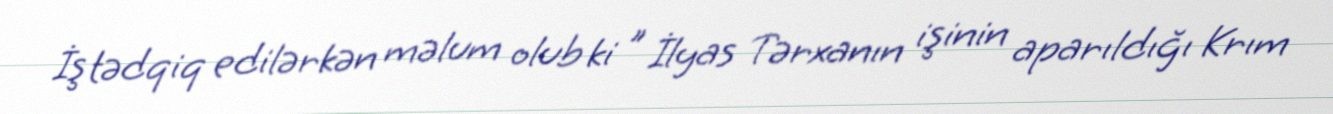
İş tədqiq edilərkən məlum olub ki " İlyas Tərxanın işinin aparıldığı Krım